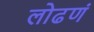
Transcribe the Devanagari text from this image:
लोढणं